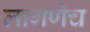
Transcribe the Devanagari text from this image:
लागणेच